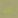
أنها